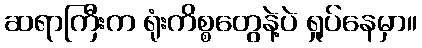
ဆရာကြီးက ရုံးကိစ္စတွေနဲ့ပဲ ရှုပ်နေမှာ။